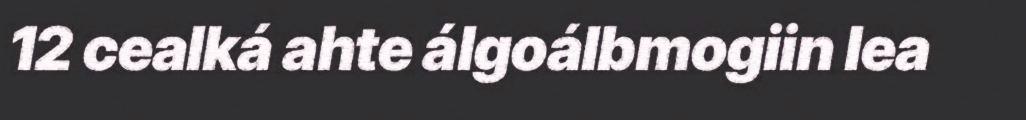
12 cealká ahte álgoálbmogiin lea